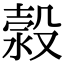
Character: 𣹬